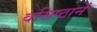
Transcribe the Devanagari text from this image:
वसिष्ठानें